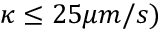
\kappa \leq 2 5 \mu m / s )